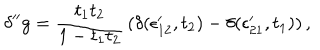
\delta ^ { \prime \prime } g = { \frac { t _ { 1 } t _ { 2 } } { 1 - t _ { 1 } t _ { 2 } } } \left( \delta ( \epsilon _ { 1 2 } ^ { \prime } , t _ { 2 } ) - \delta ( \epsilon _ { 2 1 } ^ { \prime } , t _ { 1 } ) \right) ,